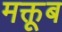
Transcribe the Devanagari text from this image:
मक्तूब